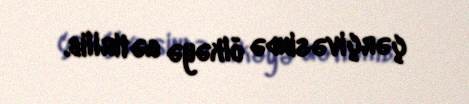
çərçivəsində ölkəyə gətirilib.